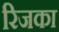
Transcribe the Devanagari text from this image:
रिजका